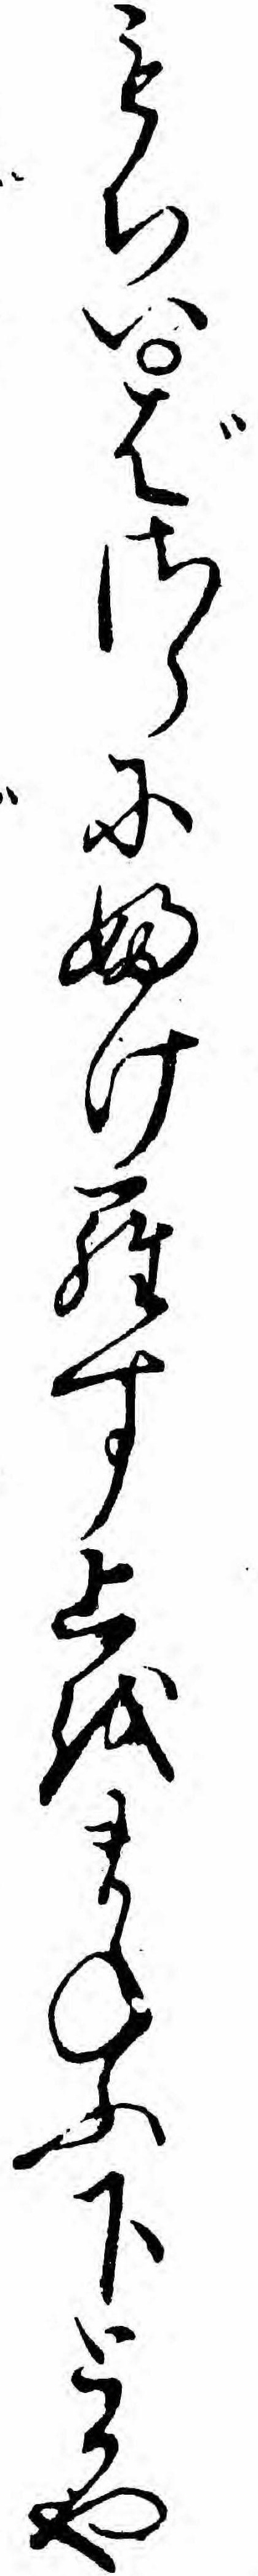
もちいばさらにふけらす上をまねふ下とかや